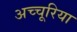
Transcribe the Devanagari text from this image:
अच्चूरिया